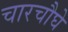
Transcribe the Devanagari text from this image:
चारचौघे